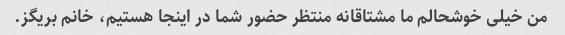
من خیلی خوشحالم ما مشتاقانه منتظر حضور شما در اینجا هستیم، خانم بریگز.